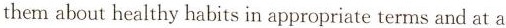
them about healthy habits in appropriate terms and at a